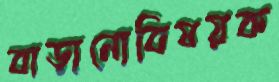
বাড়ানোবিষয়ক